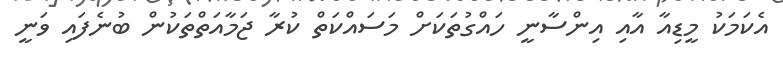
އެކަމަކު މީޑިއާ އާއި އިންސާނީ ހައްގުތަކަށް މަސަައްކަތް ކުރާ ޖަމާއަތްތަކުން ބުނެފައި ވަނީ